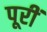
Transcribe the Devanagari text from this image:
पूरीं